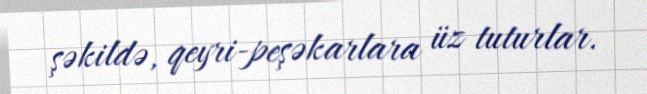
şəkildə, qeyri-peşəkarlara üz tuturlar.